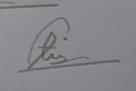
Signature authenticity: genuine